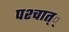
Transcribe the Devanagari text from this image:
पश्चात््